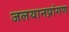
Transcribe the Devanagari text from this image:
जलयानप्रांगण